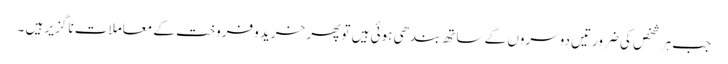
جب ہر شخص کی ضرورتیں دوسروں کے ساتھ بندھی ہوئی ہیں تو پھر خرید وفروخت کے معاملات نا گزیر ہیں ۔